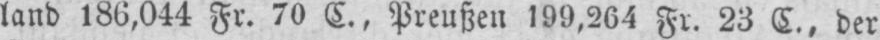
land 186,044 Fr. 70 C., Preußen 199,264 Fr. 23 C., der